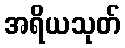
အရိယသုတ်